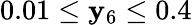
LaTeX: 0.01\leq\mathbf{y}_{6}\leq0.4